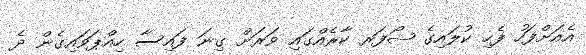
އެއަށްފަހު ފެހި ކުލައިގެ ޝޯފަރ ކާރެއްގައި ވަރަށް ގިނަ ފައިސާ ހިއްޕަވައިގެން ދެ